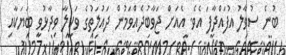
ބުނެ ސުވާލު އުފައްދާފަ އެވެ. އެއަށް ޖަވާބުދެއްވަމުން ދައުލަތުގެ ވަކީލާ ވިދާޅުވީ ބަޔަކާއި